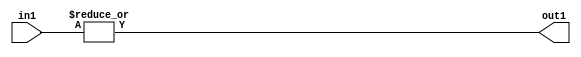
`timescale 1ps / 1ps
/*****************************************************************************
    Verilog RTL Description
    
    
    Created by: Stratus DpOpt 2019.1.01 
*******************************************************************************/

module feature_write_addr_gen_OrReduction_3U_1U_4_2 (
	in1,
	out1
	); /* architecture "behavioural" */ 
input [2:0] in1;
output  out1;
wire  asc001;

assign asc001 = 
	(|in1);

assign out1 = asc001;
endmodule

/* CADENCE  urf1Sw8= : u9/ySgnWtBlWxVPRXgAZ4Og= ** DO NOT EDIT THIS LINE ******/